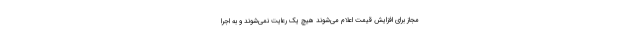
مجاز برای افزایش قیمت اعلام می‌شوند هیچ یک رعایت نمی‌شوند و به اجرا